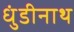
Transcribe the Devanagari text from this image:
धुंडीनाथ